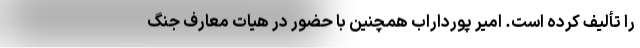
را تألیف کرده است. امیر پورداراب همچنین با حضور در هیات معارف جنگ